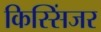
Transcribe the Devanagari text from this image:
किस्सिंजर